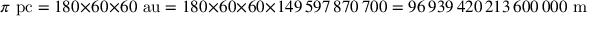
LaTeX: \pi { \mathrm { ~ p c } } = 1 8 0 \times 6 0 \times 6 0 { \mathrm { ~ a u } } = 1 8 0 \times 6 0 \times 6 0 \times 1 4 9 \, 5 9 7 \, 8 7 0 \, 7 0 0 = 9 6 \, 9 3 9 \, 4 2 0 \, 2 1 3 \, 6 0 0 \, 0 0 0 { \mathrm { ~ m } }